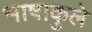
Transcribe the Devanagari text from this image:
भाषाकुले